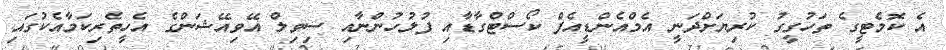
އެ ކޮމެޓީގެ ތަހުގީގު ކުރިޔަށްދަނީ އެމްއެންޑީއެފް ކޯސްޓްގާޑާއި ފުލުހުންނާއި ސިވިލް އޭވިއޭޝަންގެ އެހީތެރިކަމާއެކުގައި